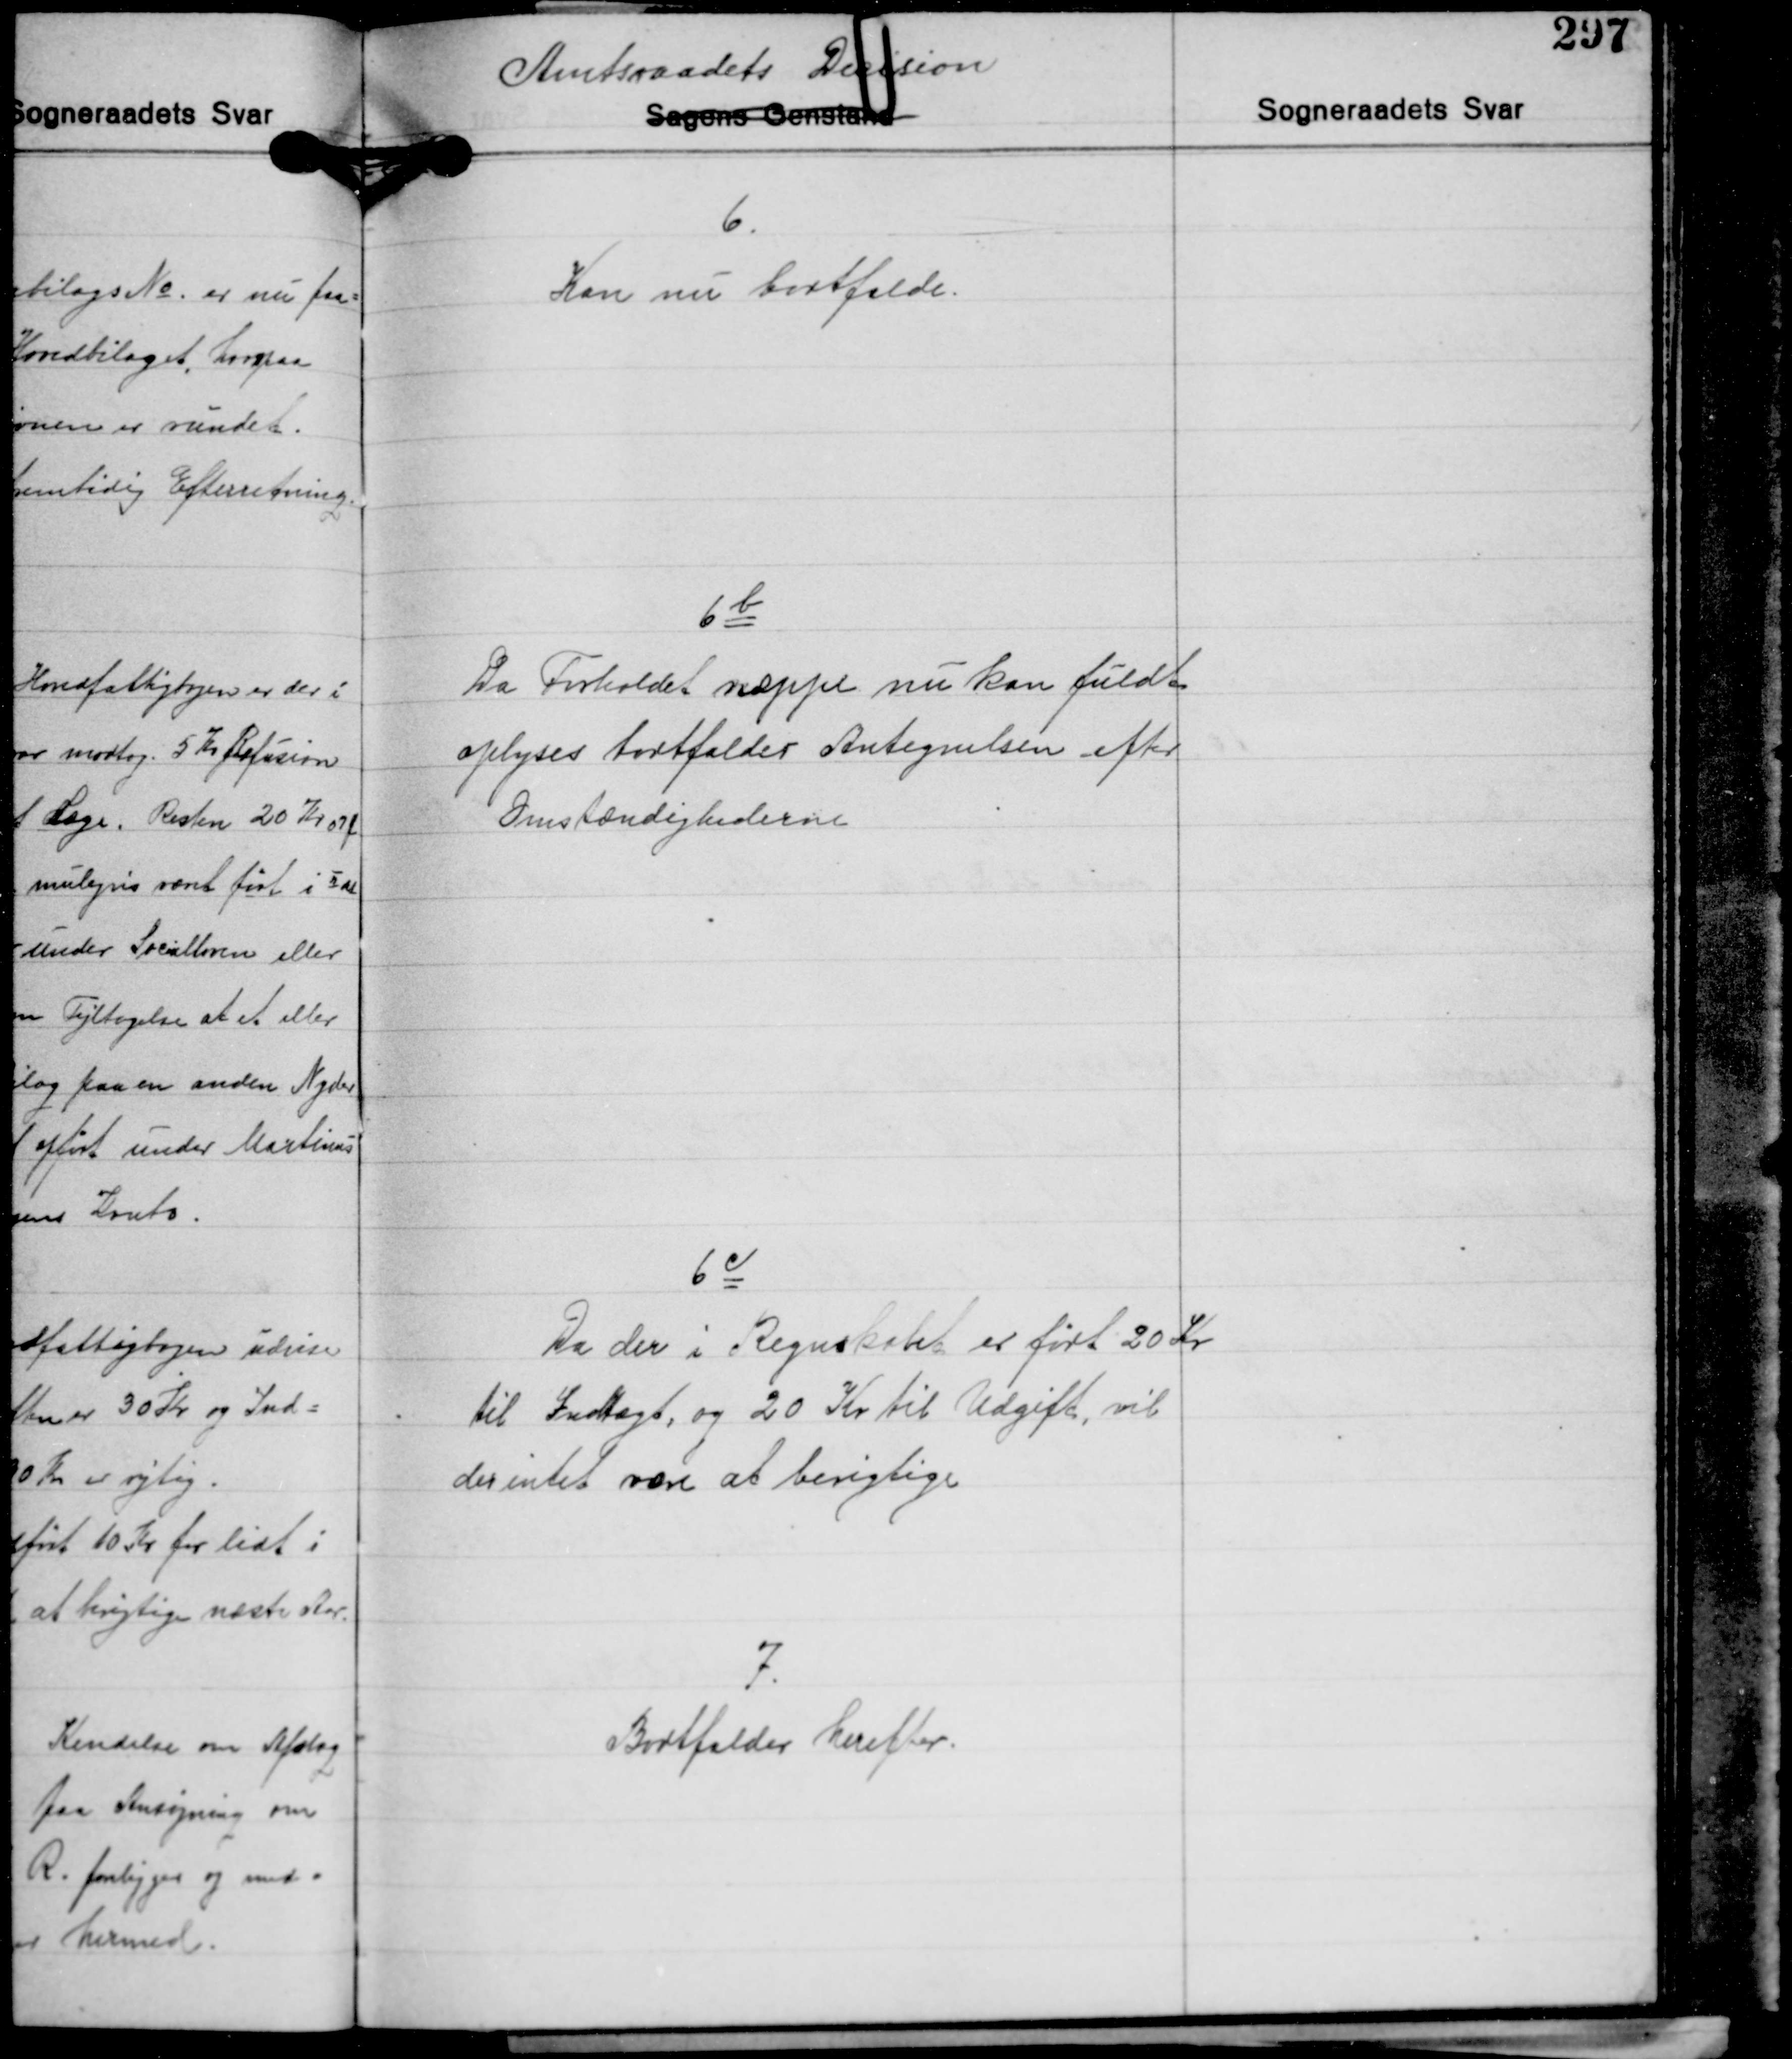
Transskription:
6
Kan nu bortfalde.

6b
Da Forholdet næppe nu kan fuldt
oplyses bortfalder Antegnelsen efter
Omstændighederne

6c
Da der i Regnskabet er ført 20 Kr.
til Indtægt, og 20 Kr. til Udgift, vil
der intet være at berigtige

7.
Bortfalder herefter.